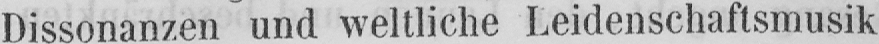
Dissonanzen und weltliche Leidenschaftsmusik